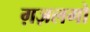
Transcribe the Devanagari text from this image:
ग़ज़लगो